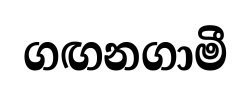
ගඟනගාමී